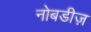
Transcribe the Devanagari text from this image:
नोबडीज़